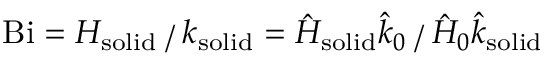
\mathrm { B i } = H _ { \mathrm { s o l i d } } ⁄ k _ { \mathrm { s o l i d } } = \hat { H } _ { \mathrm { s o l i d } } \hat { k } _ { 0 } ⁄ \hat { H } _ { 0 } \hat { k } _ { \mathrm { s o l i d } }